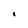
Character: I